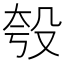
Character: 𪵈